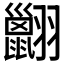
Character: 𦒩